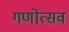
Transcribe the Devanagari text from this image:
गणोत्सव